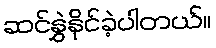
ဆင်နွှဲနိုင်ခဲ့ပါတယ်။